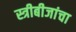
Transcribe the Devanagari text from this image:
स्त्रीबीजांचा